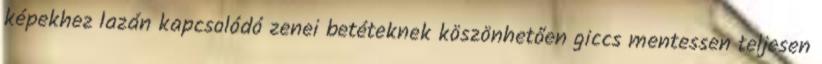
képekhez lazán kapcsolódó zenei betéteknek köszönhetően giccs mentessen teljesen